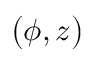
\bigl ( \phi , z \bigr )